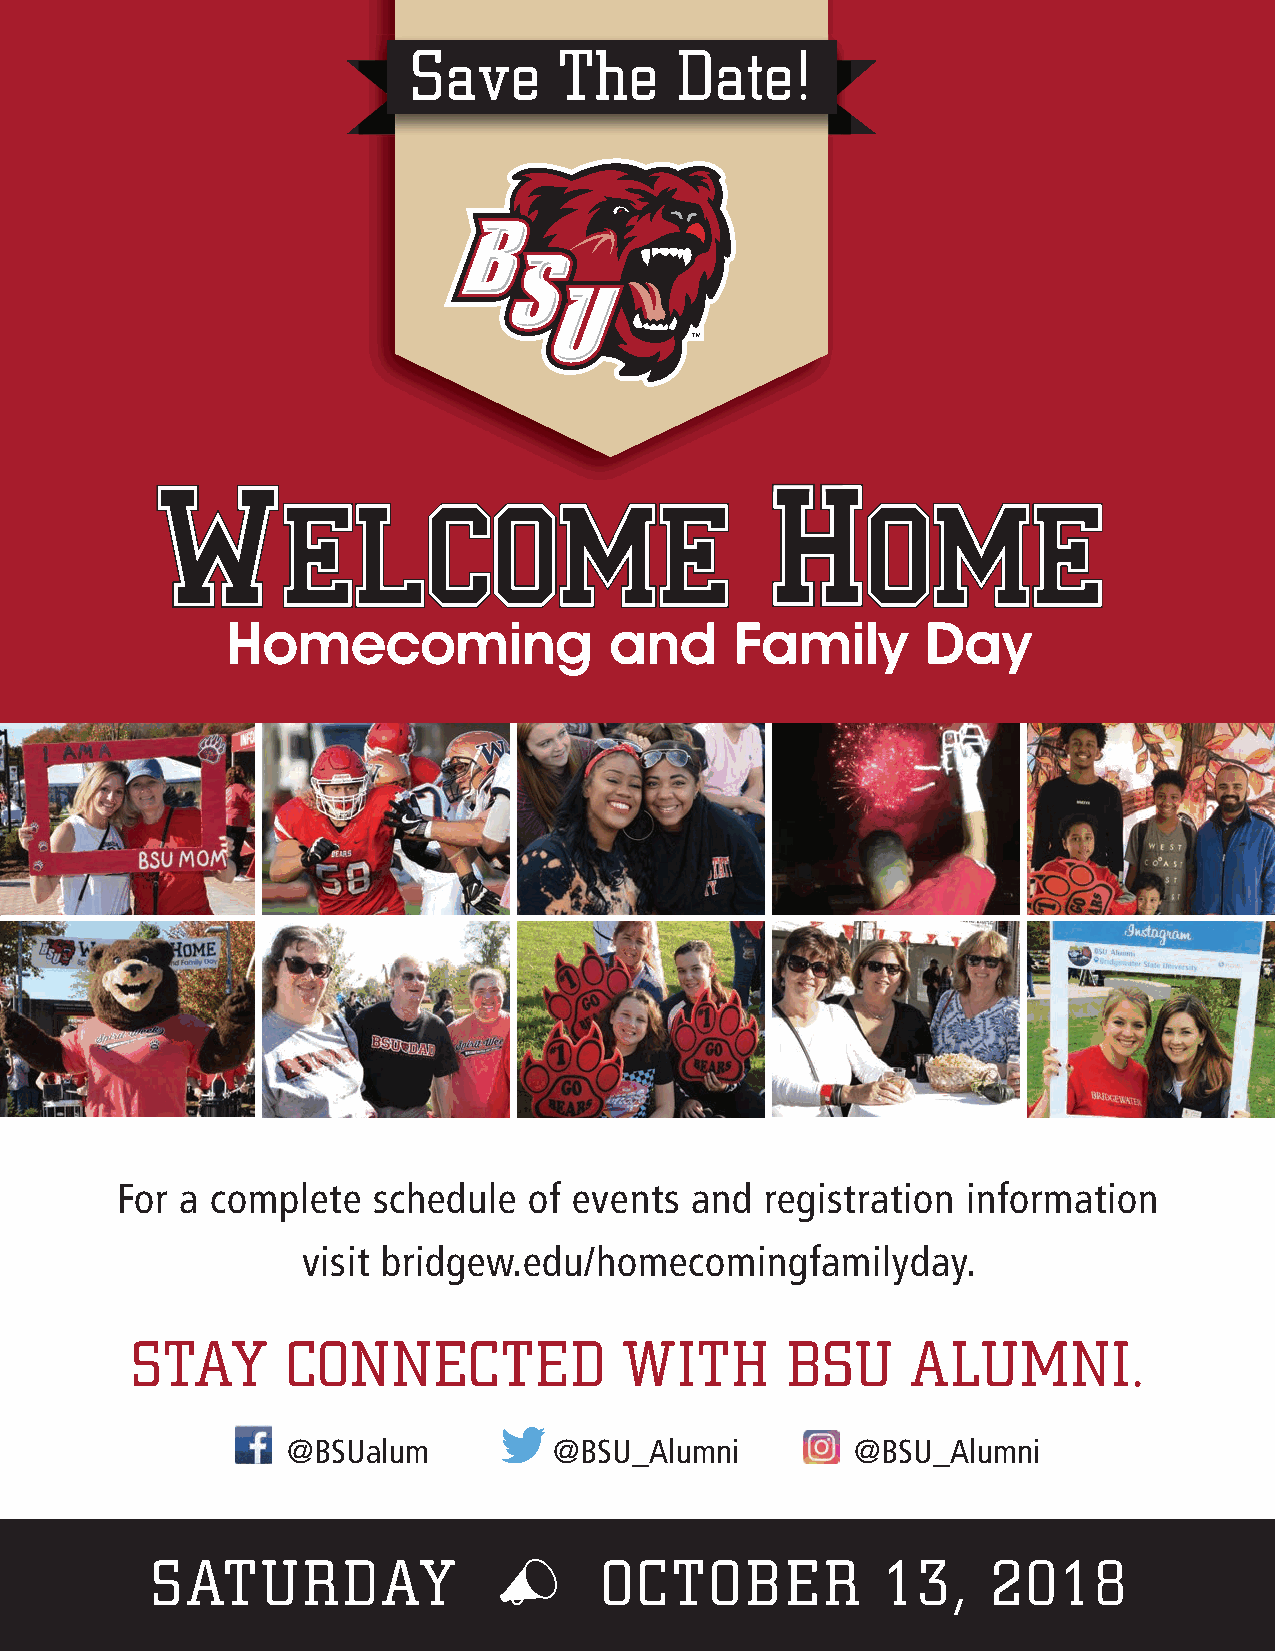
Save      The     Date!
 For a complete   schedule  of events  and  registration information
 visit bridgew.edu/homecomingfamilyday.
 STAY      CONNECTED             WITH       BSU     ALUMNI.
 @BSUalum          @BSU_Alumni         @BSU_Alumni
 SATURDAY                      OCTOBER            13,    2018